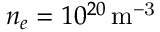
n _ { e } = 1 0 ^ { 2 0 } \ensuremath { \, \mathrm { m ^ { - 3 } } }